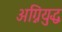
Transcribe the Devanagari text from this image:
अग्नियुद्ध